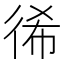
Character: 𢓬